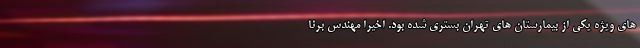
های ویژه یکی از بیمارستان های تهران بستری شده بود. اخیرا مهندس برنا